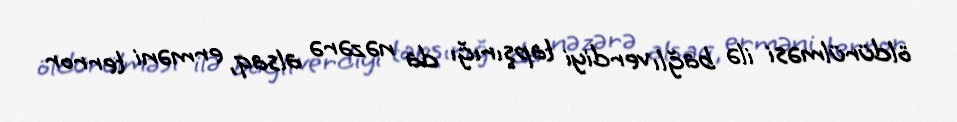
öldürülməsi ilə bağlı verdiyi tapşırığı da nəzərə alsaq, erməni terror